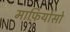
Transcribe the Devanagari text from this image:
माफ़ियोसो